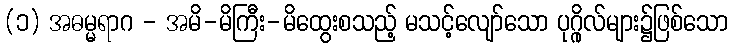
(၁) အဓမ္မရာဂ - အမိ-မိကြီး-မိထွေးစသည့် မသင့်လျော်သော ပုဂ္ဂိုလ်များ၌ဖြစ်သော